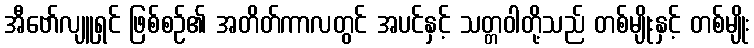
အီဗော်လျူရှင် ဖြစ်စဉ်၏ အတိတ်ကာလတွင် အပင်နှင့် သတ္တဝါတို့သည် တစ်မျိုးနှင့် တစ်မျိုး